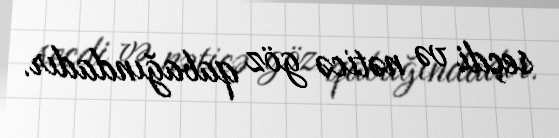
seçdi və nəticə göz qabağındadır.